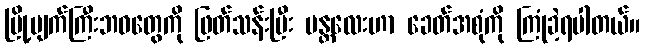
မြို့ပျက်ကြီးဘဝတွေကို ဖြတ်သန်းပြီး မန္တလေးဟာ ခေတ်အစုံကို ကြုံခဲ့ရပါတယ်။